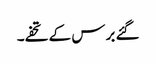
گئے برس کے تحفے۔